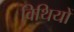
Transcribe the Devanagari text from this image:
विथियों